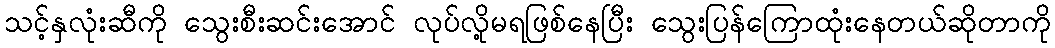
သင့်နှလုံးဆီကို သွေးစီးဆင်းအောင် လုပ်လို့မရဖြစ်နေပြီး သွေးပြန်ကြောထုံးနေတယ်ဆိုတာကို